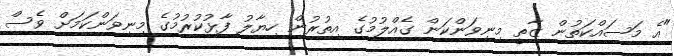
"އެ މަސައްކަތުން ޒާތީ މިނިވަންކަން ގެއްލުމުގެ އިތުރުން ހިޔާލު ފާޅުކުރުމުގެ މިނިވަންކަމަށް ވެސް